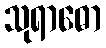
သုရာဓော